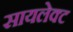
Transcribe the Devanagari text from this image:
सायलेक्ट